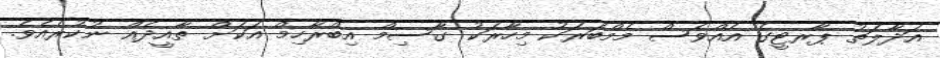
އަދާލަތު ޕާރޓީގެ އެއްވެސް މެމްބަރަކު މިހާރަކު ގާސިމް އިބްރާހިމް އަކަށް ތާއީދެއް ނުކުރެއެވެ.